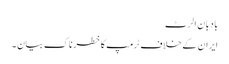
بادبان الرٹ
ایران کے خلاف ٹرمپ کا خطرناک بیان ۔